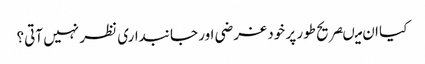
کیا ان میںصریح طور پر خود غرضی اور جانبداری نظر نہیں آتی؟